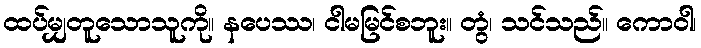
ထပ်မျှတူသောသူကို။ နပေဿ၊ ငါမမြင်စဘူး။ တွံ၊ သင်သည်။ ကောဝါ၊